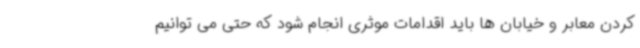
کردن معابر و خیابان ها باید اقدامات موثری انجام شود که حتی می توانیم